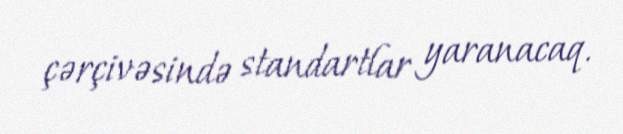
çərçivəsində standartlar yaranacaq.